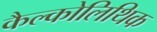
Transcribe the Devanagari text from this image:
कैल्कोलिथिक